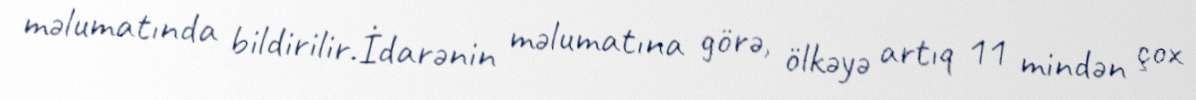
məlumatında bildirilir.İdarənin məlumatına görə, ölkəyə artıq 11 mindən çox